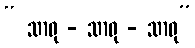
“ သာဓု - သာဓု - သာဓု”